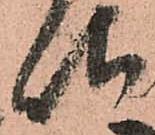
地